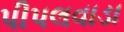
પીપલવાડા